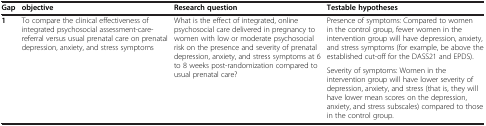
<table><thead><tr><td><b>Gap</b></td><td><b>objective</b></td><td><b>Research question</b></td><td><b>Testable hypotheses</b></td></tr></thead><tbody><tr><td rowspan="2"><b>1</b></td><td rowspan="2">To compare the clinical effectiveness of integrated psychosocial assessment-care-referral versus usual prenatal care on prenatal depression, anxiety, and stress symptoms</td><td rowspan="2">What is the effect of integrated, online psychosocial care delivered in pregnancy to women with low or moderate psychosocial risk on the presence and severity of prenatal depression, anxiety, and stress symptoms at 6 to 8 weeks post-randomization compared to usual prenatal care?</td><td>Presence of symptoms: Compared to women in the control group, fewer women in the intervention group will have depression, anxiety, and stress symptoms (for example, be above the established cut-off for the DASS21 and EPDS).</td></tr><tr><td>Severity of symptoms: Women in the intervention group will have lower severity of depression, anxiety, and stress (that is, they will have lower mean scores on the depression, anxiety, and stress subscales) compared to those in the control group.</td></tr></tbody></table>